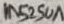
Text: 1N5250A